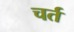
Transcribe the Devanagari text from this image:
चर्त